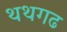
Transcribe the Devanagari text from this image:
थथगढ